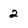
Character: 2